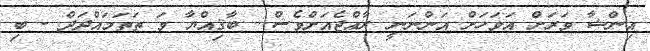
އިންޝާ ވަރަށް އަވަހަށް އަންނަނީ ރާއްޖެއަށްވެސް... ބާޤިއްޔާ ވަ ތަތަމައްދަދް - ބި